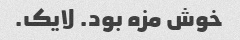
خوش مزه بود. لایک.